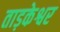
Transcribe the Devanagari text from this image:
ताड़केश्वर